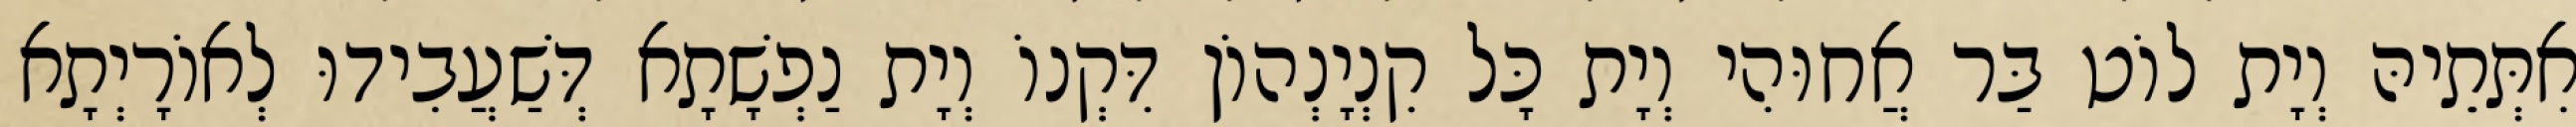
אִתְּתֵיהּ וְיָת לוֹט בַּר אֲחוּהִי וְיָת כָּל קִנְיָנְהוֹן דִּקְנוֹ וְיָת נַפְשָׁתָא דְּשַׁעֲבִידוּ לְאוֹרָיְתָא